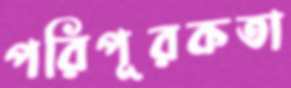
পরিপূরকতা